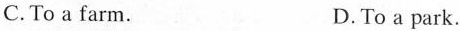
C.To a farm. D.To a park.